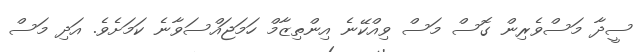
ސީދާ މަސްވެރިން ގޮސް މަސް ވިއްކޭނެ އިންތިޒާމް ހަމަޖައްސަވާނެ ކަމަށެވެ. އަދި މަސް